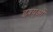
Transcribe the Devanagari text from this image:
इश्युओं